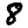
Digit: 8